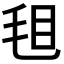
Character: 𣭒